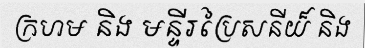
ក្រហម និង មន្ទីរប្រៃសនីយ៏ និង